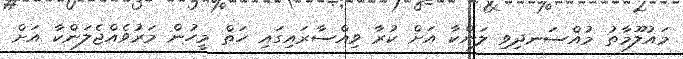
މައުލޫމާތު މުއްސަނދިވި ލަންކާ އަށް ކުރާ ވިއްސާރައިގައި ހަތް މީހުން މަރުވެއްޖެލަންކާ އަށް